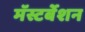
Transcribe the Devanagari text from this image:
मॅस्टर्बेशन